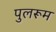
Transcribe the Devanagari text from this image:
पुलरूम